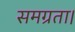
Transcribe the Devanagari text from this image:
समग्रता।